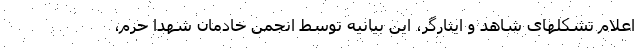
اعلام تشکلهای شاهد و ایثارگر، این بیانیه توسط انجمن خادمان شهدا حرم،